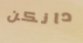
دانكن